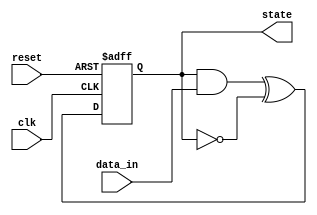
module FeedbackRegister (
    input wire clk,          // Clock signal
    input wire reset,        // Reset signal
    input wire [3:0] data_in, // External data input
    output reg [3:0] state   // Current state output
);

// Feedback logic: Example logic that combines current state and data input
wire [3:0] next_state;
assign next_state = (state & data_in) ^ (~state); // Example feedback logic

// Sequential logic: Update state on clock edge
always @(posedge clk or posedge reset) begin
    if (reset) begin
        state <= 4'b0000; // Reset state to 0
    end else begin
        state <= next_state; // Update state with feedback logic
    end
end

endmodule